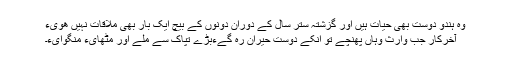
وہ ہندو دوست بھی حیات ہیں اور گزشتہ ستر سال کے دوران دونوں کے بیچ ایک بار بھی ملاقات نہیں ھویٰء
آخرکار جب وارث وہاں پھنچے تو انکے دوست حیران رہ گےءبڑے تپاک سے ملے اور مٹھایء منگوایء۔